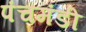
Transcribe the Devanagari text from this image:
पंचमंडी